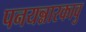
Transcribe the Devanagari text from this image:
पनयन्नारकावु